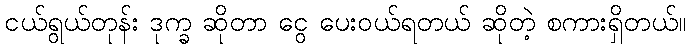
ငယ်ရွယ်တုန်း ဒုက္ခ ဆိုတာ ငွေ ပေးဝယ်ရတယ် ဆိုတဲ့ စကားရှိတယ်။